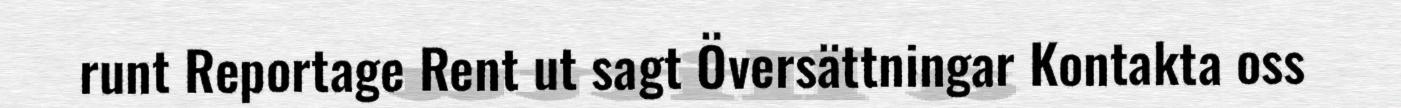
runt Reportage Rent ut sagt Översättningar Kontakta oss